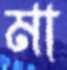
মা